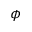
\phi